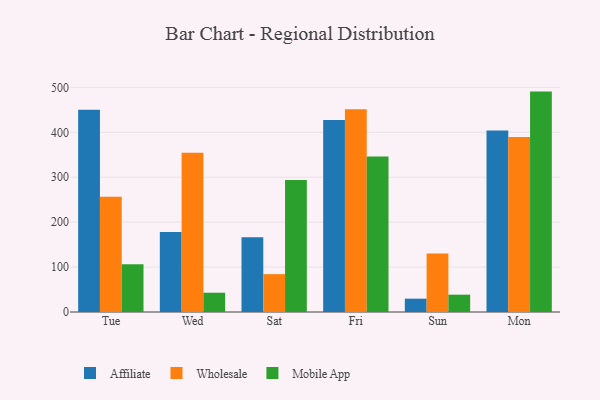
{"axis": {"x": "Day", "y": "Waste Production (Tons)"}, "legend": ["Affiliate", "Mobile App", "Wholesale"], "data": [{"x": "Tue", "y": 450.4, "type": "Affiliate"}, {"x": "Tue", "y": 256.4, "type": "Wholesale"}, {"x": "Tue", "y": 106.1, "type": "Mobile App"}, {"x": "Wed", "y": 178.3, "type": "Affiliate"}, {"x": "Wed", "y": 354.5, "type": "Wholesale"}, {"x": "Wed", "y": 42.9, "type": "Mobile App"}, {"x": "Sat", "y": 166.6, "type": "Affiliate"}, {"x": "Sat", "y": 84.2, "type": "Wholesale"}, {"x": "Sat", "y": 293.7, "type": "Mobile App"}, {"x": "Fri", "y": 427.2, "type": "Affiliate"}, {"x": "Fri", "y": 451.1, "type": "Wholesale"}, {"x": "Fri", "y": 346.4, "type": "Mobile App"}, {"x": "Sun", "y": 29.7, "type": "Affiliate"}, {"x": "Sun", "y": 130.4, "type": "Wholesale"}, {"x": "Sun", "y": 38.6, "type": "Mobile App"}, {"x": "Mon", "y": 403.9, "type": "Affiliate"}, {"x": "Mon", "y": 389.3, "type": "Wholesale"}, {"x": "Mon", "y": 490.6, "type": "Mobile App"}]}